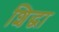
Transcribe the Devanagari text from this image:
शिद्धा